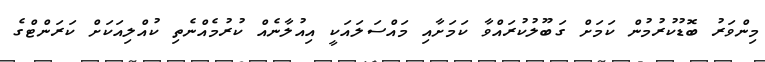
މިންވަރު ބޮޑުކުރުމުން ކަމަށް ގަބޫލުކުރައްވާ ކަމަށާއި މައްސަލައަކީ އިއުލާނެއް ކުރުމެއްނެތި ކުއްލިއަކަށް ކަރަންޓްގެ